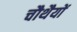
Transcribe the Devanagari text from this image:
चौथैयों